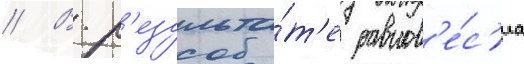
// В р'езульта́т'е равнов'е́с'иа